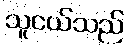
သူငယ်သည်